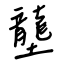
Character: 壟